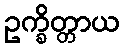
ဥက္ခိတ္တာယ